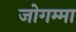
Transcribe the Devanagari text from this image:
जोगम्मा